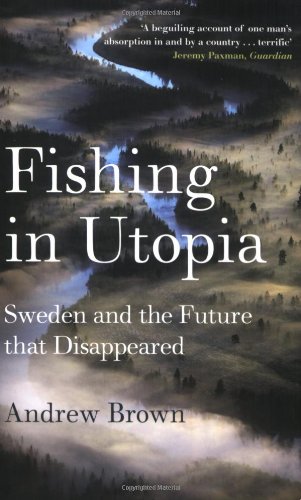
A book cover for Fishing in Utopia: Sweden and the Future that Disappeared; Andrew Brown; Biographies & Memoirs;